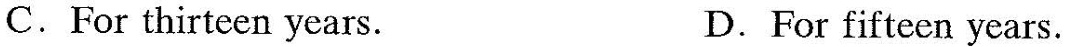
C.For thirteen years. D.For fifteen years.